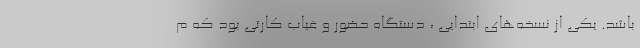
باشد. یکی از نسخه‌های ابتدایی ، دستگاه حضور و غیاب کارتی بود که م